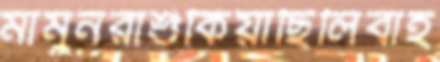
মামুনরাশুঁকিয়াছিলিবাহ